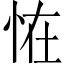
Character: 恠